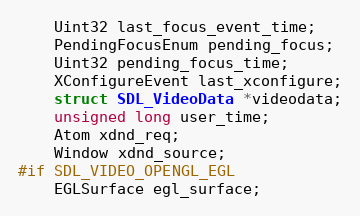
Language: C
    Uint32 last_focus_event_time;
    PendingFocusEnum pending_focus;
    Uint32 pending_focus_time;
    XConfigureEvent last_xconfigure;
    struct SDL_VideoData *videodata;
    unsigned long user_time;
    Atom xdnd_req;
    Window xdnd_source;
#if SDL_VIDEO_OPENGL_EGL
    EGLSurface egl_surface;